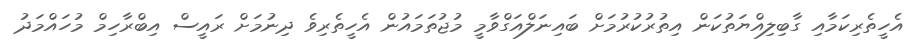
އެހީތެރިކަމާއި ގާބިލިއްޔަތުކަން އިތުރުކުރުމަށް ބައިނަލްއަގްވާމީ މުޖުތަމައުން އެހީތެރިވެ ދިނުމަށް ރައީސް އިބްރާހިމް މުހައްމަދު